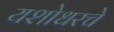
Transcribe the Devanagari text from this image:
यशोधरचे